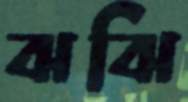
ঝঝি